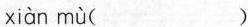
xiaà mù( )